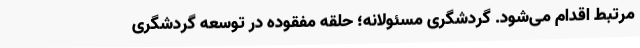
مرتبط اقدام می‌شود. گردشگری مسئولانه؛ حلقه مفقوده در توسعه گردشگری